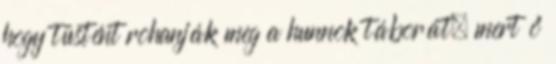
hogy tüstént rohanják meg a hunnok táborát, mert ő